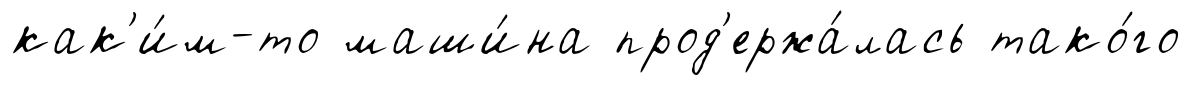
как'и́м-то маши́на прод'ержа́лась тако́го